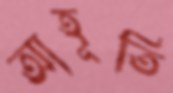
আহূতি